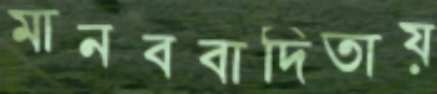
মানববাদিতায়